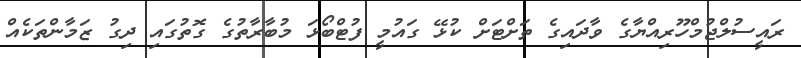
ރައީސުލްޖުމްހޫރިއްޔާގެ ވާދައިގެ ތަށްޓަށް ކުޅޭ ގައުމީ ފުޓްބޯޅަ މުބާރާތުގެ ގޮތުގައި ދިގު ޒަމާންތަކެއް